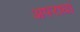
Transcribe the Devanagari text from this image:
अपराधां